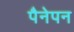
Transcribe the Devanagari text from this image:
पैनेपन